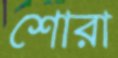
শোরা